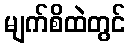
မျက်စိထဲတွင်